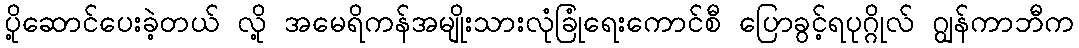
ပို့ဆောင်ပေးခဲ့တယ် လို့ အမေရိကန်အမျိုးသားလုံခြုံရေးကောင်စီ ပြောခွင့်ရပုဂ္ဂိုလ် ဂျွန်ကာဘီက